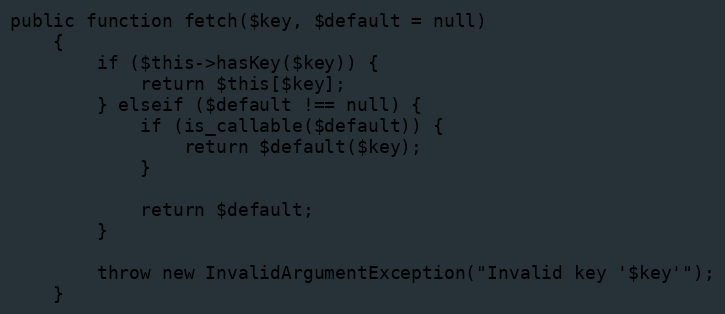
Language: PHP
public function fetch($key, $default = null)
    {
        if ($this->hasKey($key)) {
            return $this[$key];
        } elseif ($default !== null) {
            if (is_callable($default)) {
                return $default($key);
            }

            return $default;
        }

        throw new InvalidArgumentException("Invalid key '$key'");
    }